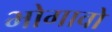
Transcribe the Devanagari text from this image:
भोगावो